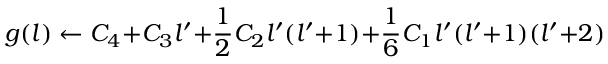
g ( l ) \gets C _ { 4 } { + } C _ { 3 } l ^ { \prime } { + } \frac { 1 } { 2 } C _ { 2 } l ^ { \prime } ( l ^ { \prime } { + } 1 ) { + } \frac { 1 } { 6 } C _ { 1 } l ^ { \prime } ( l ^ { \prime } { + } 1 ) ( l ^ { \prime } { + } 2 )